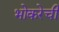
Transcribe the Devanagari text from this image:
भोकरेची